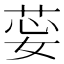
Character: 𦯽